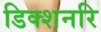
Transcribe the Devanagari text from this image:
डिक्शनरि